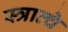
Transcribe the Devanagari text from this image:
स्त्रात्चे